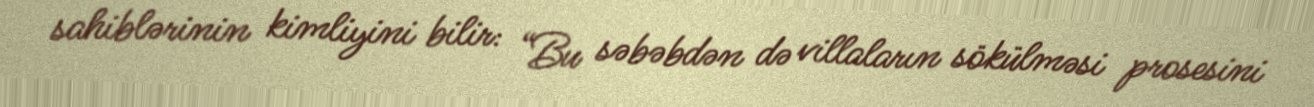
sahiblərinin kimliyini bilir: “Bu səbəbdən də villaların sökülməsi prosesini